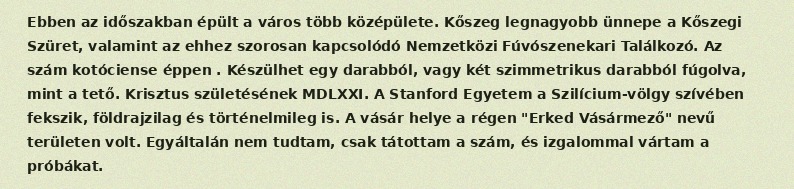
Ebben az időszakban épült a város több középülete. Kőszeg legnagyobb ünnepe a Kőszegi Szüret, valamint az ehhez szorosan kapcsolódó Nemzetközi Fúvószenekari Találkozó. Az szám kotóciense éppen . Készülhet egy darabból, vagy két szimmetrikus darabból fúgolva, mint a tető. Krisztus születésének MDLXXI. A Stanford Egyetem a Szilícium-völgy szívében fekszik, földrajzilag és történelmileg is. A vásár helye a régen "Erked Vásármező" nevű területen volt. Egyáltalán nem tudtam, csak tátottam a szám, és izgalommal vártam a próbákat.